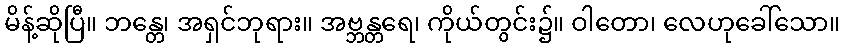
မိန့်ဆိုပြီ။ ဘန္တေ၊ အရှင်ဘုရား။ အဗ္ဘန္တရေ၊ ကိုယ်တွင်း၌။ ဝါတော၊ လေဟုခေါ်သော။